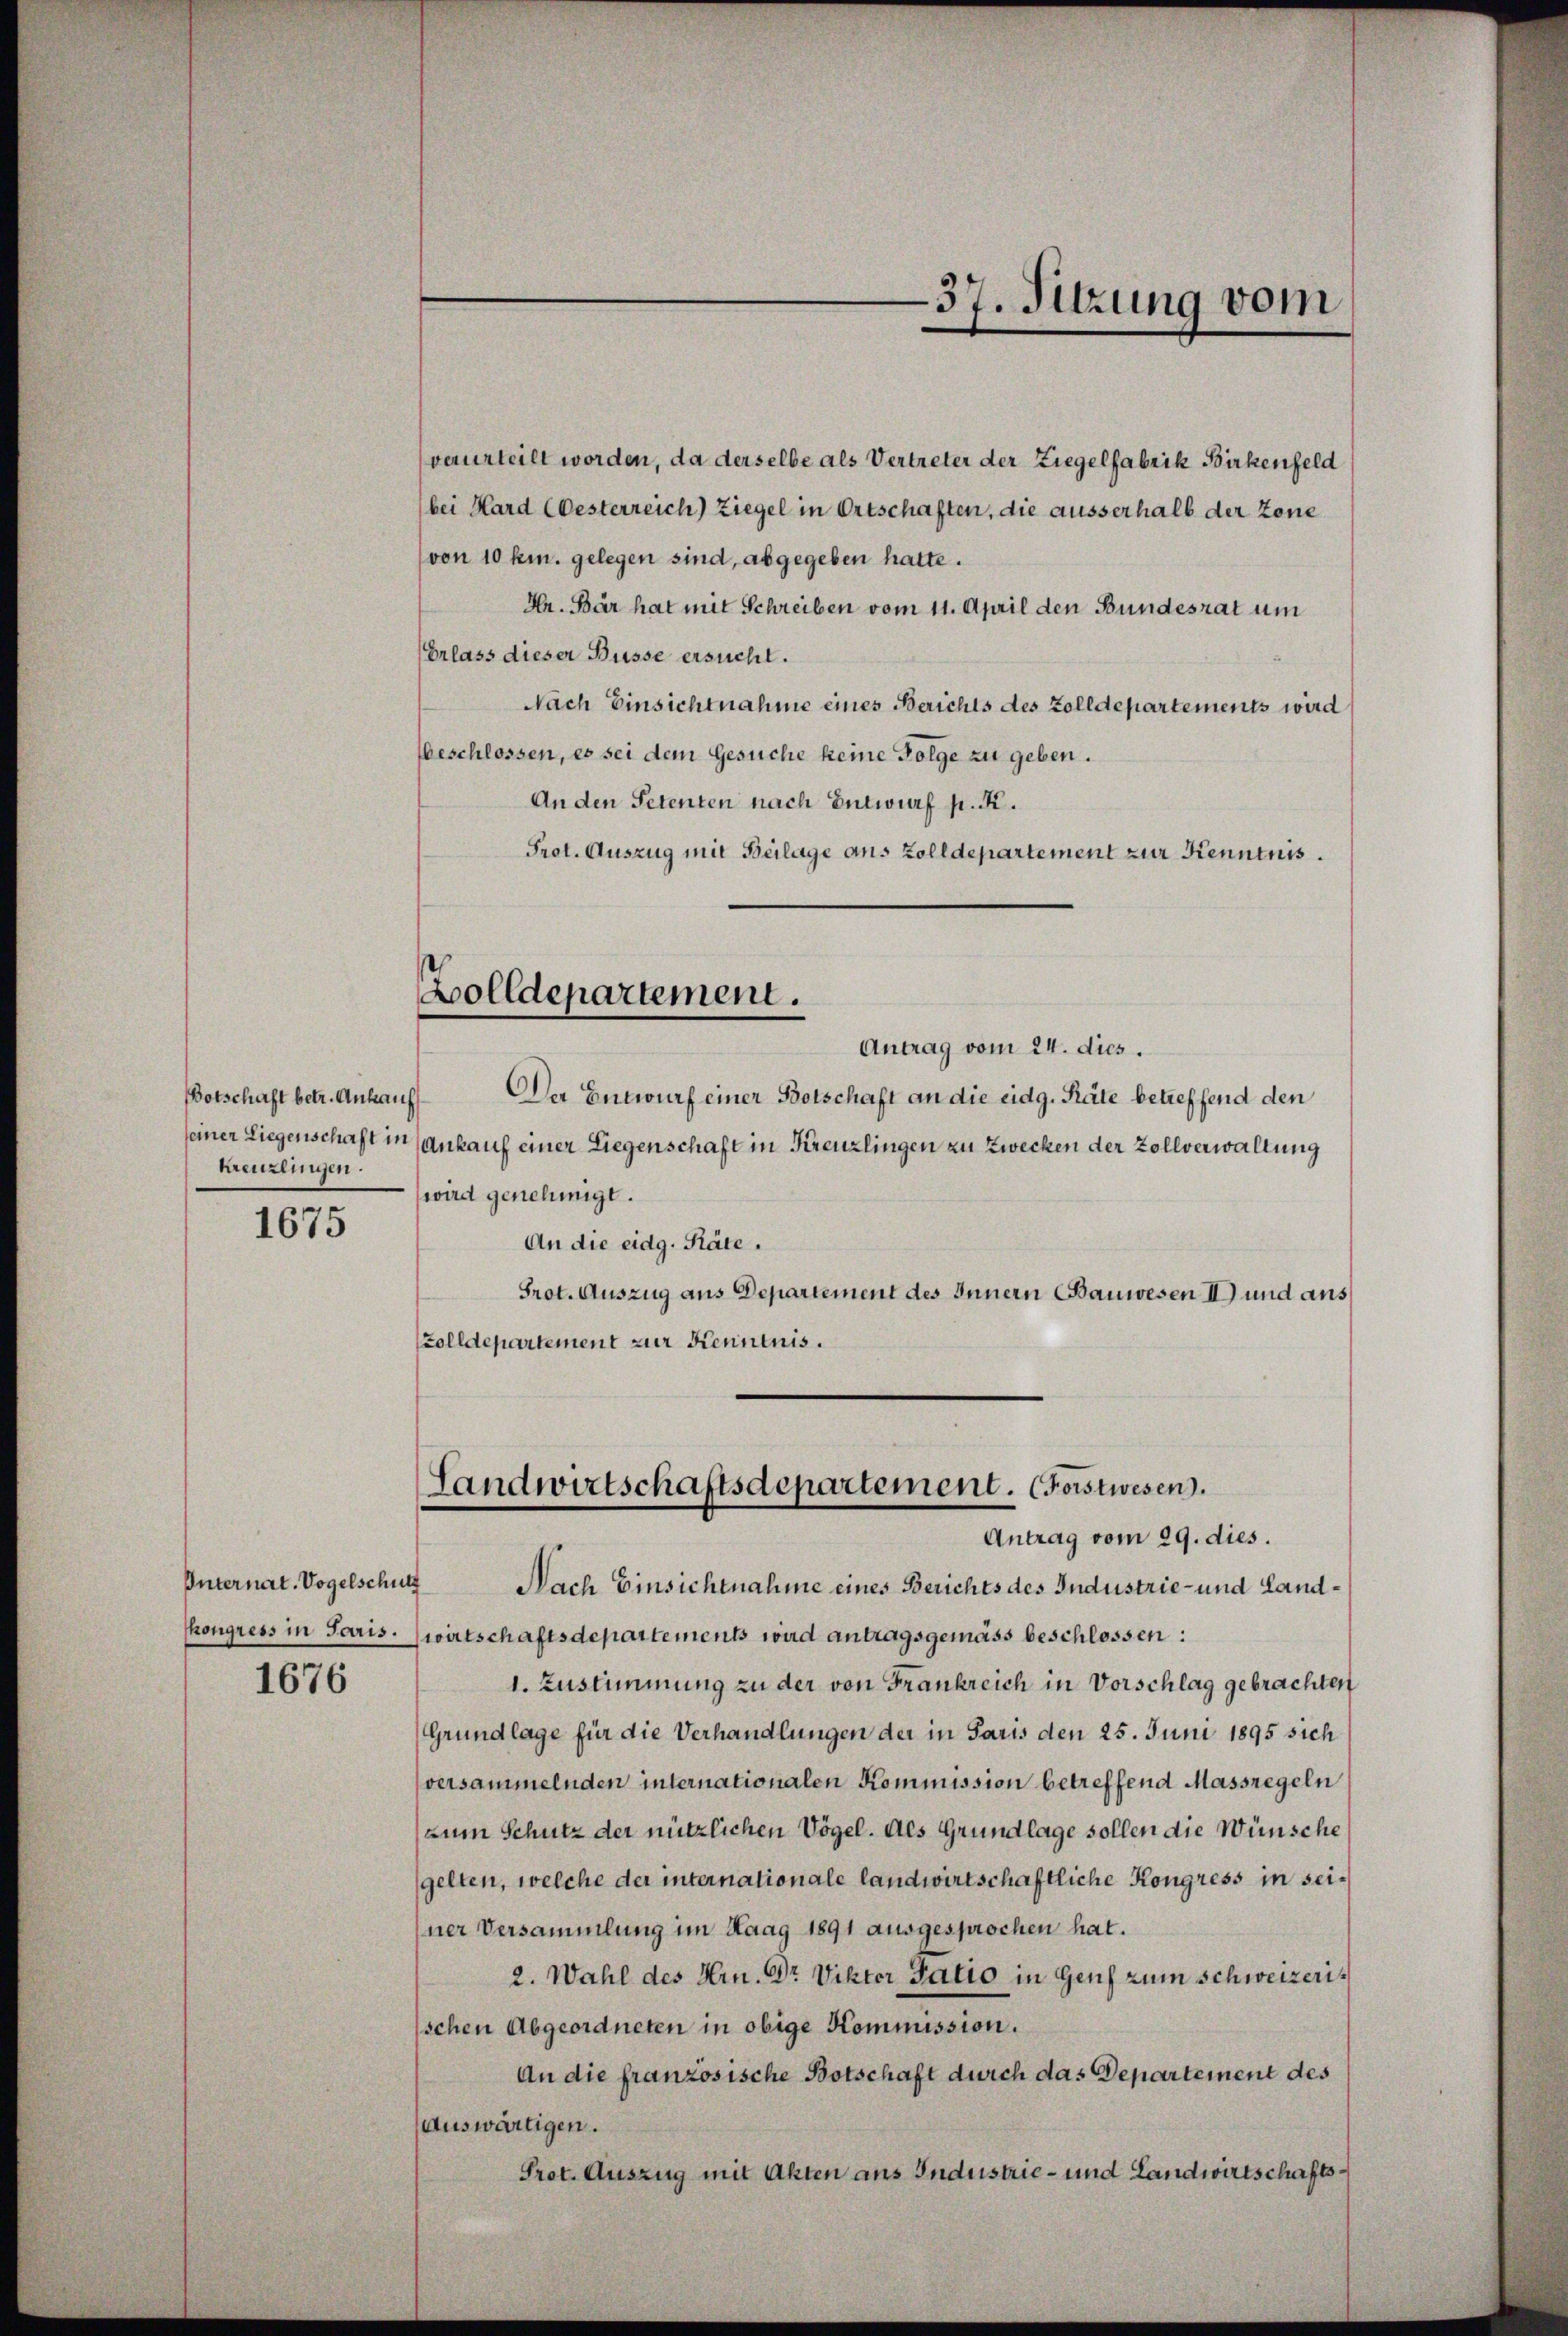
Botschaft betr. Ankauf
Kreuzlingen.

1675

Internat. Vogelschutz

1676

verurteilt worden, da derselbe als Vertreter der Ziegelfabrik Birkenfeld
bei Hard (Oesterreich) Ziegel in Ortschaften, die ausserhalb der zone
(von 10 km. gelegen sind, abgegeben hatte.
Hr. Bär hat mit Schreiben vom 11. April den Bundesrat um
Belass dieser Büsse ersucht.
Nach Einsichtnahme eines Berichts des Zolldepartements wird
beschlossen, es sei dem Gesuche keine Folge zu geben.
An den Petenten nach Entwurf p. K.
Prot. Auszug mit Beilage aus Zolldepartement zur Kenntnis.

Bolldepartement.

37. Sitzung vom

Antrag vom 24. dies.
Der Entwurf einer Botschaft an die eidg. Räte betreffend den
seiner Liegenschaft in Ankauf einer Liegenschaft in Kreuzlingen zu Zwecken der Zollverwaltung
wird genehmigt.
An die eidg. Räte.
Prot. Auszug aus Departement des Innern Bauwesen II und aus
Zolldepartement zur Kenntnis.

Landwirtschaftsdepartement. (Forstwesen.
Antrag vom 29. dies.

Nach Einsichtnahme eines Berichts des Industrie- und Landkongress in Paris. (wirtschaftsdepartements wird antragsgemäss beschlossen:
1. Zustimmung zu der von Frankreich in Vorschlag gebrachten
Grundlage für die Verhandlungen der in Paris den 25. Juni 1895 sich
versammelnden internationalen Kommission betreffend Massregeln
(zum Schutz der nützlichen Vögel. Als Grundlage sollen die Wünsche
gelten, welche der internationale landwirtschaftliche Kongress in seiner Versammlung im Haag 1891 ausgesprochen hat.
2. Wahl des Hrn. Dr Viktor Patio in Genf zum Schweizerischen Abgeordneten in obige Kommission.
An die französische Botschaft durch das Departement des
Auswärtigen.
Prot. Auszug mit Akten aus Industrie- und Landwirtschafts¬